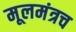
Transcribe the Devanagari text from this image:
मूलमंत्रच